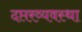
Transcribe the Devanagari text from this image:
दप्तरव्यवस्था